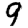
Digit: 9